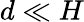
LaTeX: d\ll H